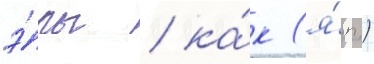
э́ры / ка́к (я́п.)